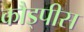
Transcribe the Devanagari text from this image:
कौड्पीस